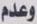
وعدم